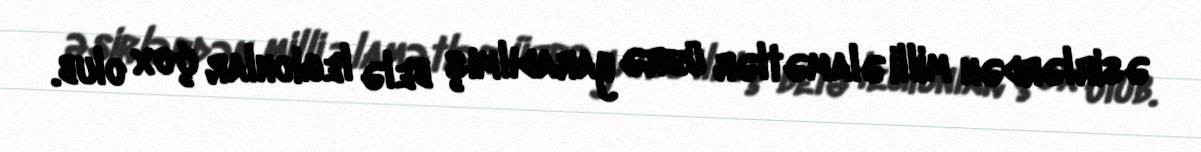
əsirlərdən milli əlamətlər üzrə yaradılmış belə legionlar çox olub.